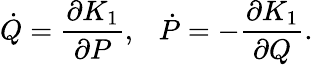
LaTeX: \dot{Q}=\frac{\partial K_{1}}{\partial P},~~~\dot{P}=-\frac{\partial K_{1}}{\partial Q}.